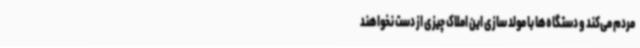
مردم می‌کند و دستگاه‌ها با مولد سازی این املاک چیزی از دست نخواهند